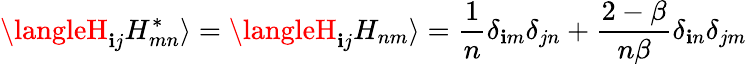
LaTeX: \langleH_{\mathbf{i}j}H_{mn}^{*}\rangle=\langleH_{\mathbf{i}j}H_{nm}\rangle={\frac{{1}}{{n}}}\delta_{\mathbf{i}m}\delta_{jn}+{\frac{{2-\beta}}{{n\beta}}}\delta_{\mathbf{i}n}\delta_{jm}